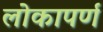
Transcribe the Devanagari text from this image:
लोकापर्ण